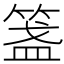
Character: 𥰎